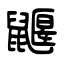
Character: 鼴